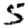
Digit: 5